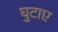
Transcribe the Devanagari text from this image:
घुटाए